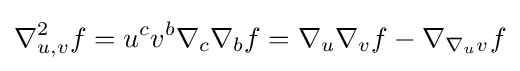
\nabla _{u,v}^{2}f=u^{c}v^{b}\nabla _{c}\nabla _{b}f=\nabla _{u}\nabla _{v}f-\nabla _{\nabla _{u}v}f